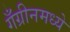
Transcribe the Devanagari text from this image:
गँग्रीनमध्ये